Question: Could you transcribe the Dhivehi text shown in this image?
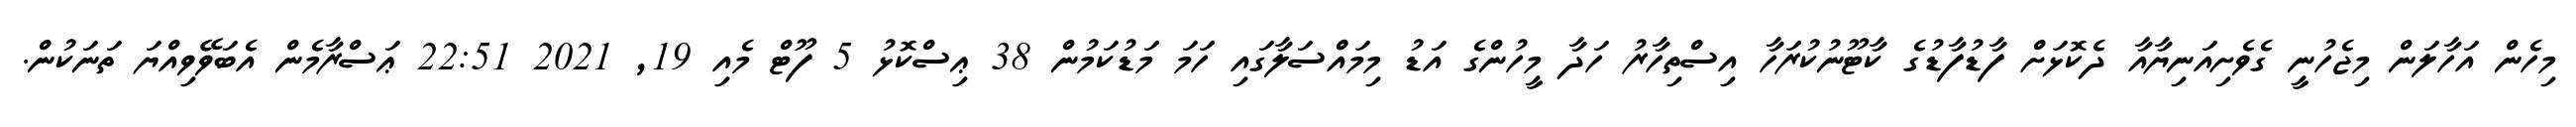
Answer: މިހެން އަހާލަން މިޖެހުނީ ގެވެށިއަނިޔާއާ ދެކޮޅަށް ފާޑުފާޑުގެ ކާޓޫނުކުރަހާ އިސްތިހާރު ހަދާ މީހުންގެ އަޑު މިމައްްސަލާގައި ހަމަ މަޑުކަމުން 38 ޢިސްކޮޅު 5 ފޫޓް މެއި 19, 2021 22:51 ޢަސްރާމެން އެބަވޭވިއްޔަ ތަނަކުން.